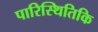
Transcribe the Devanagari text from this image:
पारिस्थितिकि